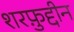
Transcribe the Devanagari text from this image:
शरफ़ुद्दीन